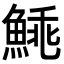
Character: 𩸼